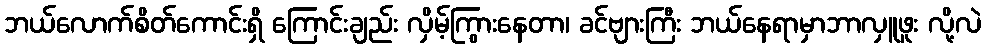
ဘယ်လောက်စိတ်ကောင်းရှိ ကြောင်းချည်း လှိမ့်ကြွားနေတာ၊ ခင်ဗျားကြီး ဘယ်နေရာမှာဘာလှူဖူး လို့လဲ